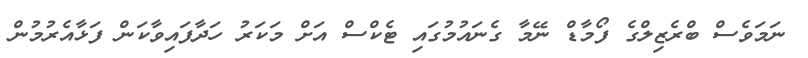
ނަމަވެސް ބްރެޒިލްގެ ފޯމާޑް ނޭމާ ގެނައުމުގައި ޓެކްސް އަށް މަކަރު ހަދާފައިވާކަން ފަޅާއެރުމުން